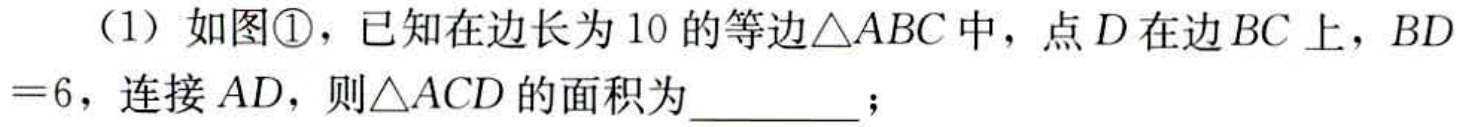
（1）如图\textcircled{1}，已知在边长为10的等边\(\triangle ABC\)中，点\(D\)在边\(BC\)上，\(BD = 6\)，连接\(AD\)，则\(\triangle ACD\)的面积为  ；